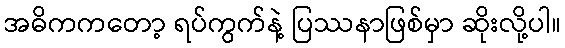
အဓိကကတော့ ရပ်ကွက်နဲ့ ပြဿနာဖြစ်မှာ ဆိုးလို့ပါ။